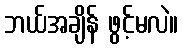
ဘယ်အချိန် ဖွင့်မလဲ။